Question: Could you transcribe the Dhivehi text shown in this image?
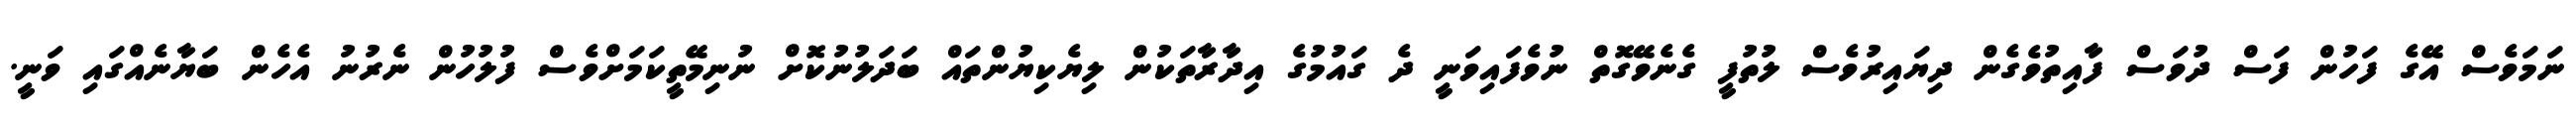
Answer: ނަމަވެސް އޭގެ ފަހުން ފަސް ދުވަސް ފާއިތުވެގެން ދިޔައިރުވެސް ލުތުފީ ގެނެވޭގޮތް ނުވެފައިވަނީ ދެ ގައުމުގެ އިދާރާތަކުން ލިޔެކިޔުންތައް ބަދަލުނުކޮށް ނުނިމޭތީކަމަށްވެސް ފުލުހުން ނެރުނު އެހެން ބަޔާނެއްގައި ވަނީ.